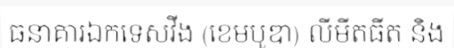
ធនាគារឯកទេសវីង (ខេមបូឌា) លីមីតធីត និង